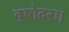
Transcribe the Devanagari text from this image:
वृषोदरः।